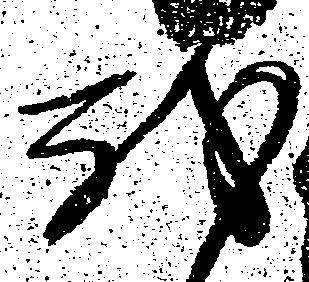
我